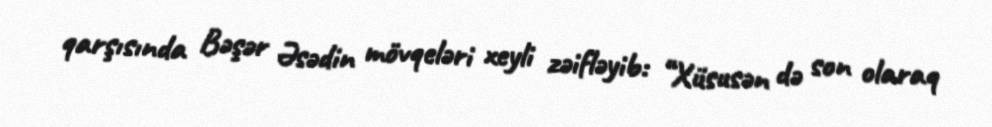
qarşısında Bəşər Əsədin mövqeləri xeyli zəifləyib: “Xüsusən də son olaraq